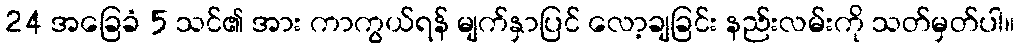
24 အခြေခံ 5 သင်၏ အား ကာကွယ်ရန် မျက်နှာပြင် လော့ချခြင်း နည်းလမ်းကို သတ်မှတ်ပါ။